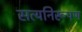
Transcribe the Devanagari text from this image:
सत्यनिरूपण